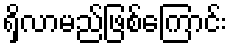
ရှိလာမည်ဖြစ်ကြောင်း